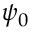
\psi _ { 0 }